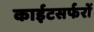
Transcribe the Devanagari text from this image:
काईटसर्फरों